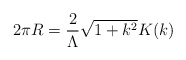
\begin{align*}2\pi R=\frac{2}{\Lambda}\sqrt{1+k^2}K(k)\end{align*}